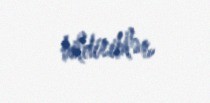
bildiriblər.